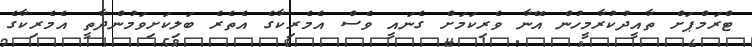
ޓްރަމްޕަށް ތާއީދުކުރާމީހުން އޭނާ ވެރިކަމަށް ގެނައީ ވެސް އެމެރިކާގެ އެތެރެ ބަލިކަށިވަމުންދާތީ އެމެރިކާގެ